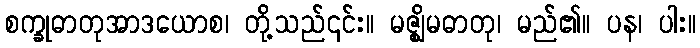
စက္ခုဓာတုအာဒယောစ၊ တို့သည်၎င်း။ မဇ္ဈိမဓာတု၊ မည်၏။ ပန၊ ပါး။